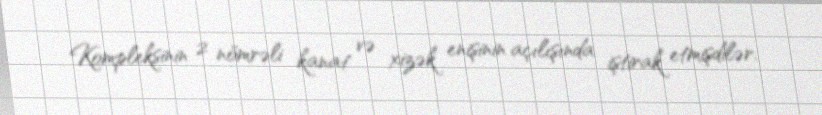
Kompleksinin 2 nömrəli kanat və xizək enişinin açılışında iştirak etmişdilər.